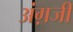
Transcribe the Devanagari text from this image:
अंग़जी